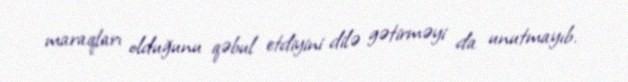
maraqları olduğunu qəbul etdiyini dilə gətirməyi da unutmayıb.